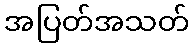
အပြတ်အသတ်